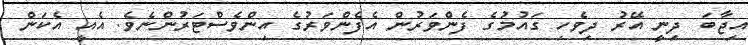
އިޖާބަ ދިނީ އޭރު ދިވެހި ގައުމުގެ ފެންވަރުން އެފެންވަރުގެ އިންވެސްޓަރުންނެވެ. އެއީ އެކަން